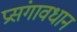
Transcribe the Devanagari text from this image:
प्रसंगावधान